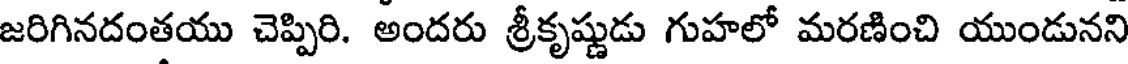
జరిగినదంతయు చెప్పిరి. అందరు శ్రీకృష్ణుడు గుహలో మరణించి యుండునని